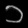
Digit: ၁